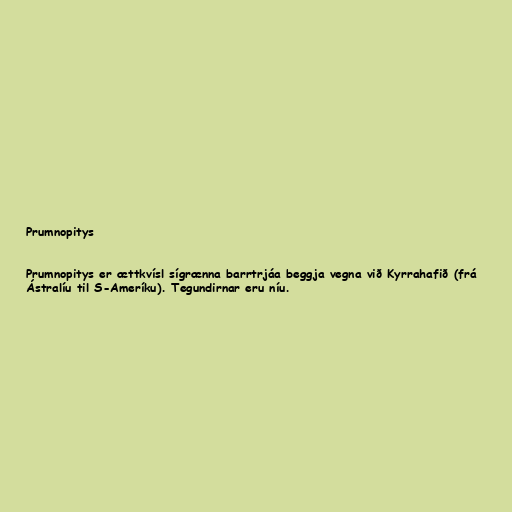
Prumnopitys

Prumnopitys er ættkvísl sígrænna barrtrjáa beggja vegna við Kyrrahafið (frá
Ástralíu til S-Ameríku). Tegundirnar eru níu.